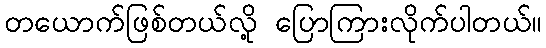
တယောက်ဖြစ်တယ်လို့ ပြောကြားလိုက်ပါတယ်။